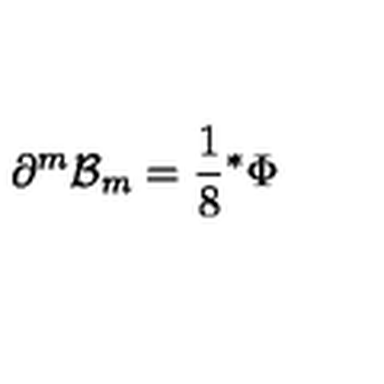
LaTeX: \partial ^ { m } { \cal B } _ { m } = { \frac { 1 } { 8 } } { } ^ { * } \Phi